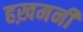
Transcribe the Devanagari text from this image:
हख़मनी